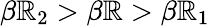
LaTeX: \beta\mathbb{R}_{2}>\beta\mathbb{R}>\beta\mathbb{R}_{1}